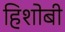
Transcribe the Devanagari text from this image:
हिशोबी